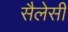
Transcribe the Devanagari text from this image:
सैलेसी